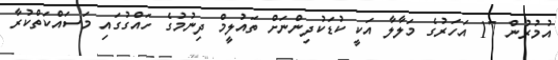
އުމުރުން 17 އަހަރުގެ މަލާލާ އަކީ ކުޑަކުދިންނަށް ތައުލީމް ދިނުމުގެ ހައްގުގައި މަސައްކަތްކުރާ